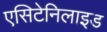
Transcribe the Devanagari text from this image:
एसिटेनिलाइड